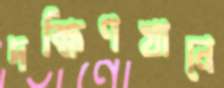
দক্ষিণখানে